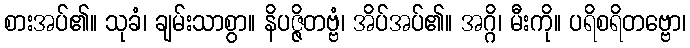
စားအပ်၏။ သုခံ၊ ချမ်းသာစွာ။ နိပဇ္ဇိတဗ္ဗံ၊ အိပ်အပ်၏။ အဂ္ဂိ၊ မီးကို။ ပရိစရိတဗ္ဗော၊